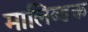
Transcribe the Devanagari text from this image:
मालिब्डक